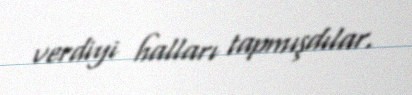
verdiyi halları tapmışdılar.